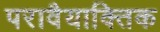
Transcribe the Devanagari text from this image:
परावैयाक्तिक